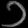
Digit: ၁